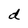
Character: d